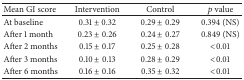
| Mean GI score | Intervention | Control | p value |
 | --- | --- | --- | --- |
 | At baseline | 0.31 ± 0.32 | 0.29 ± 0.29 | 0.394 (NS) |
 | After 1 month | 0.23 ± 0.26 | 0.24 ± 0.27 | 0.849 (NS) |
 | After 2 months | 0.15 ± 0.17 | 0.25 ± 0.28 | <0.01 |
 | After 3 months | 0.10 ± 0.13 | 0.28 ± 0.29 | <0.01 |
 | After 6 months | 0.16 ± 0.16 | 0.35 ± 0.32 | <0.01 |